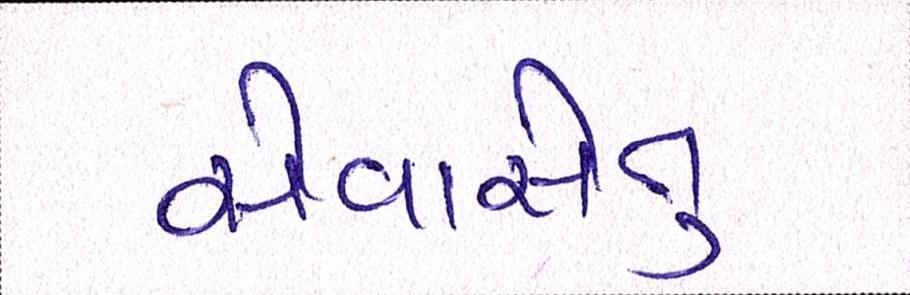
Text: સેવાસેતુ